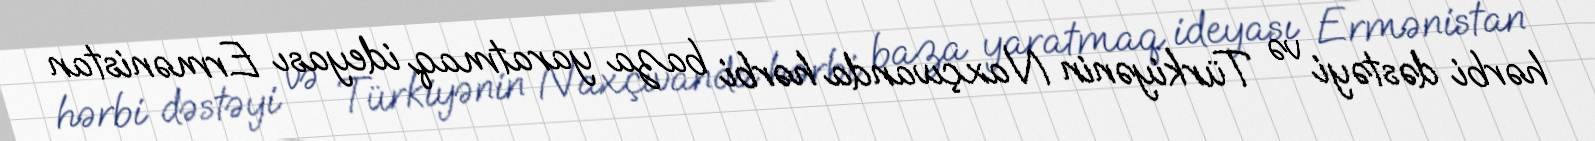
hərbi dəstəyi və Türkiyənin Naxçıvanda hərbi baza yaratmaq ideyası Ermənistan